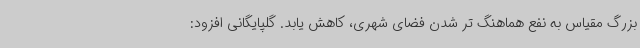
بزرگ مقیاس به نفع هماهنگ تر شدن فضای شهری، کاهش یابد. گلپایگانی افزود: